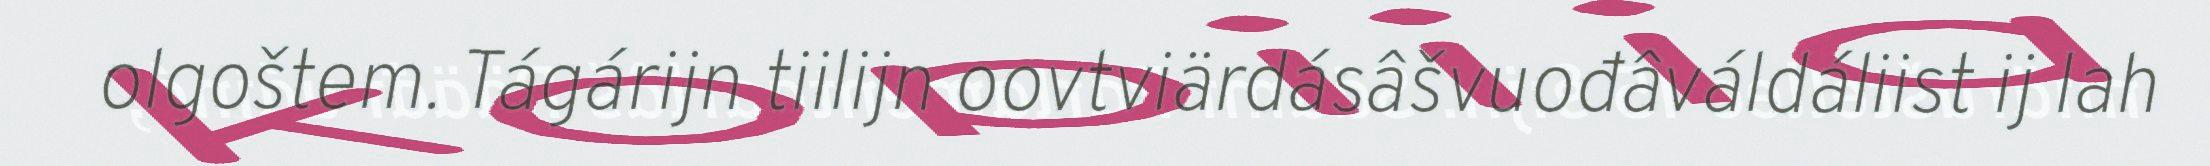
olgoštem. Tágárijn tiilijn oovtviärdásâšvuođâváldáliist ij lah